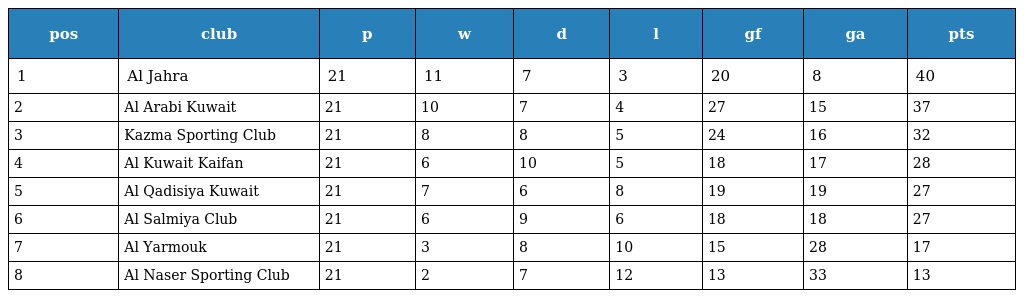
| pos | club | p | w | d | l | gf | ga | pts |
 | --- | --- | --- | --- | --- | --- | --- | --- | --- |
 | 1 | Al Jahra | 21 | 11 | 7 | 3 | 20 | 8 | 40 |
 | 2 | Al Arabi Kuwait | 21 | 10 | 7 | 4 | 27 | 15 | 37 |
 | 3 | Kazma Sporting Club | 21 | 8 | 8 | 5 | 24 | 16 | 32 |
 | 4 | Al Kuwait Kaifan | 21 | 6 | 10 | 5 | 18 | 17 | 28 |
 | 5 | Al Qadisiya Kuwait | 21 | 7 | 6 | 8 | 19 | 19 | 27 |
 | 6 | Al Salmiya Club | 21 | 6 | 9 | 6 | 18 | 18 | 27 |
 | 7 | Al Yarmouk | 21 | 3 | 8 | 10 | 15 | 28 | 17 |
 | 8 | Al Naser Sporting Club | 21 | 2 | 7 | 12 | 13 | 33 | 13 |